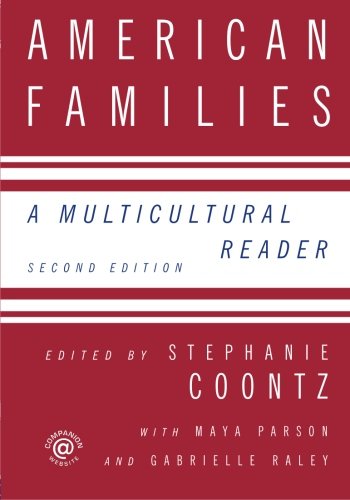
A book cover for American Families: A Multicultural Reader; Politics & Social Sciences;